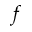
f